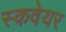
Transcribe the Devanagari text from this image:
स्कवेयर